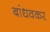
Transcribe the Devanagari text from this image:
बांधवकर